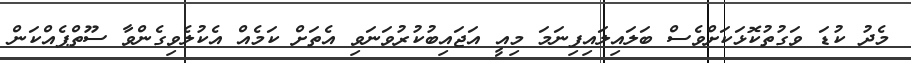
މެދު ކުޑަ ވަގުތުކޮޅަކަށްވެސް ބަލައިލައިފިނަމަ މިއީ އަޖައިބުކުރުވަނަވި އެތަށް ކަމެއް އެކުލެވިގެންވާ ސޫތްޕެއްކަން